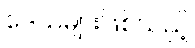
ဒေသများဖြစ်သည့်